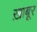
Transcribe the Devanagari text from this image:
ख़ाबूर